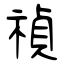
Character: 禎